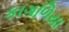
કાગળિયા